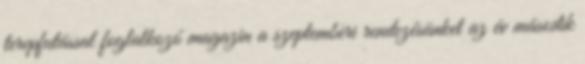
terepfutással foglalkozó magazin a szeptemberi rendezésünket az év második